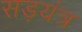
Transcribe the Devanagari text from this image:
सड़यंत्र